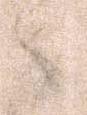
之